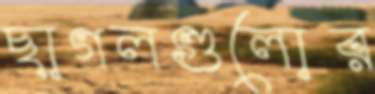
ছাগলগুলোর